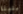
بليلة